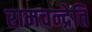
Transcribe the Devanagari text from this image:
रामचन्द्रेति